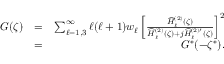
\begin{array} { r l r } { G ( \zeta ) } & { = } & { \sum _ { \ell = 1 , 3 } ^ { \infty } \ell ( \ell + 1 ) w _ { \ell } \left[ \frac { \widehat { H } _ { \ell } ^ { ( 2 ) } ( \zeta ) } { \widehat { H } _ { \ell } ^ { ( 2 ) } ( \zeta ) + j \widehat { H } _ { \ell } ^ { ( 2 ) \prime } ( \zeta ) } \right] ^ { 2 } } \\ & { = } & { G ^ { * } ( - \zeta ^ { * } ) . } \end{array}